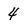
Character: 4